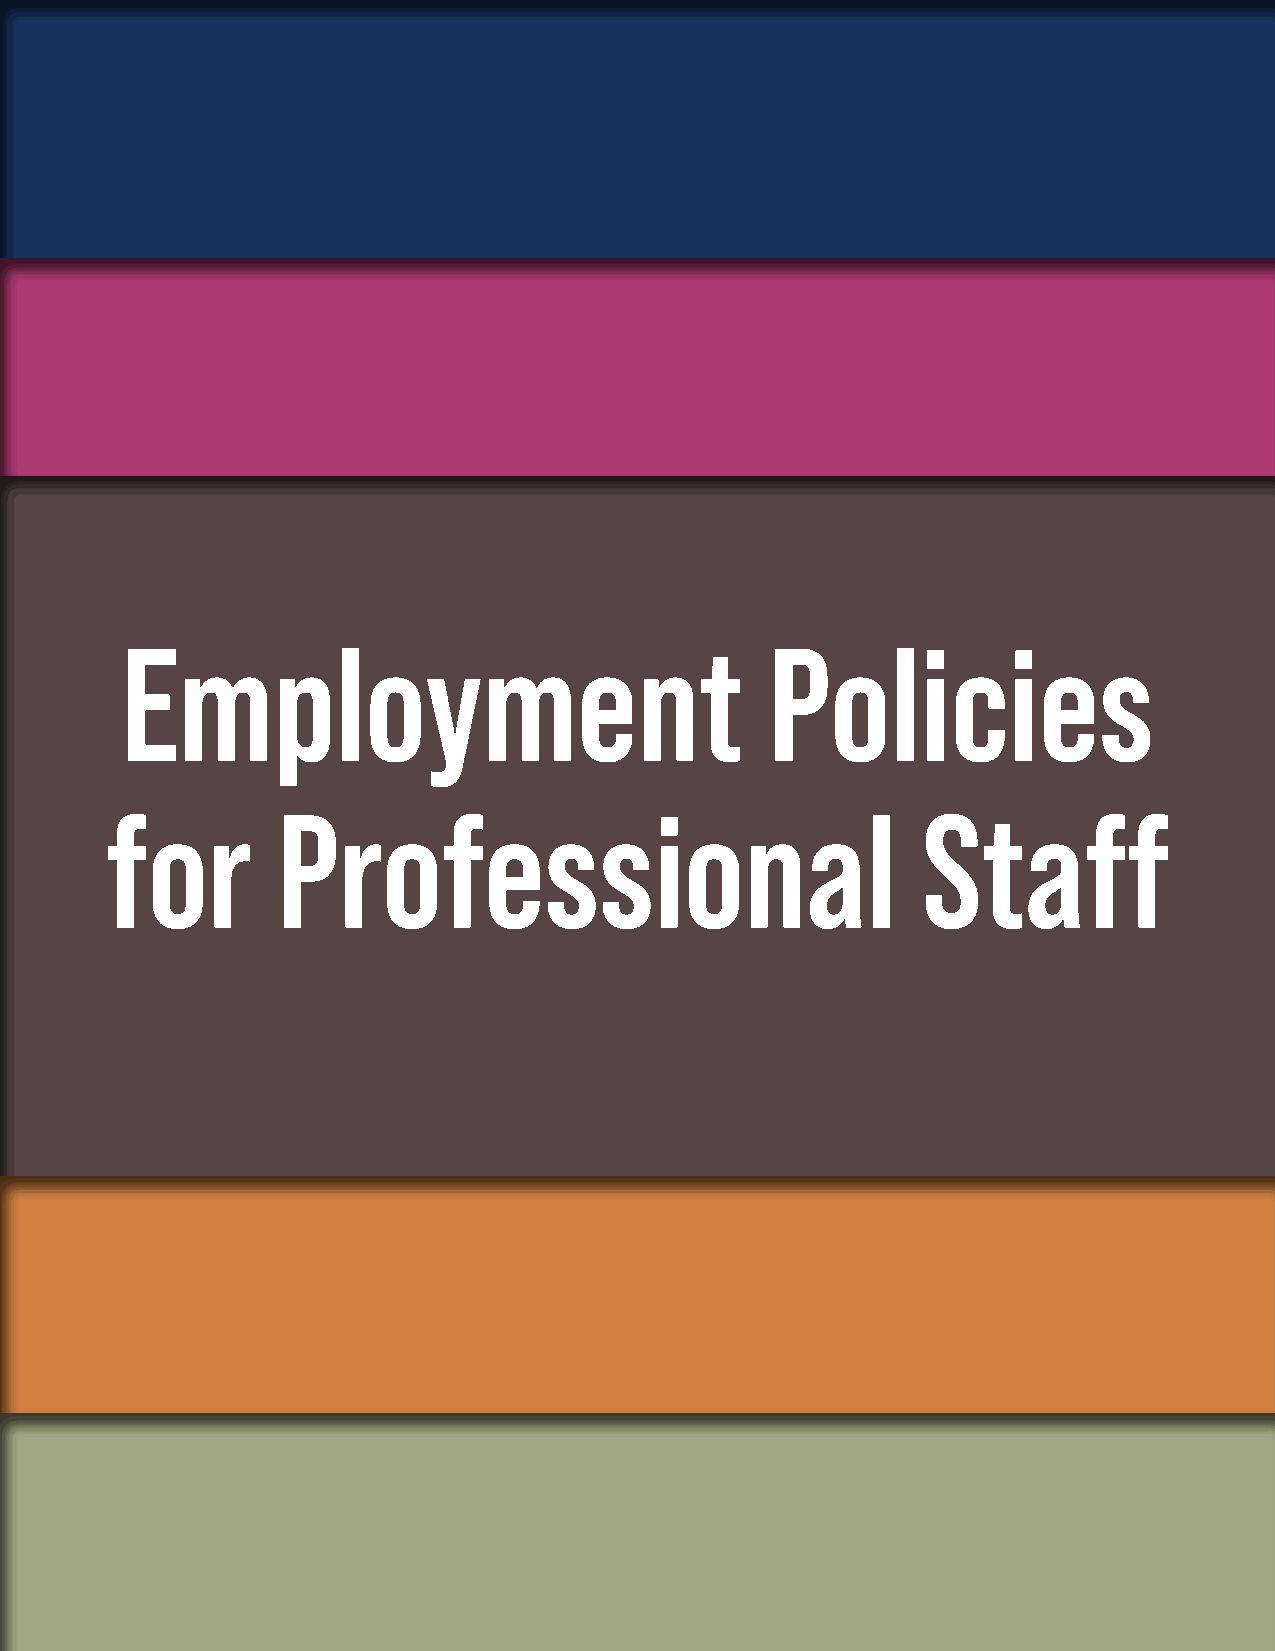
Employment                                 Policies
 for        Professional                               Staff